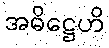
အဓိဋ္ဌေဟိ